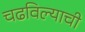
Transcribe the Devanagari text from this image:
चढविल्याची